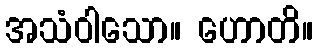
အသံဝါသော။ ဟောတိ။